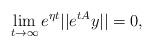
LaTeX: \begin{align*}\lim_{t\rightarrow \infty} e^{\eta t}||e^{tA}y||=0,\end{align*}